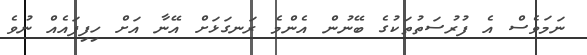
ނަމަވެސް އެ ފުރުސަތުތަކުގެ ބޭނުން އެންމެ ރަނގަޅަށް އޭނާ އަށް ހިފިފައެއް ނުވެ